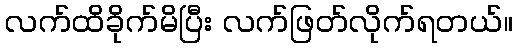
လက်ထိခိုက်မိပြီး လက်ဖြတ်လိုက်ရတယ်။